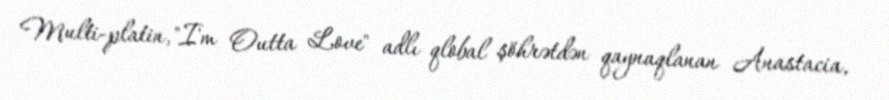
Multi-platin, "I'm Outta Love" adlı qlobal şöhrətdən qaynaqlanan Anastacia,